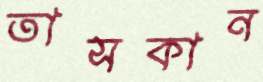
তাসকান